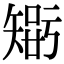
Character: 𥏴